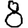
Digit: 8